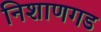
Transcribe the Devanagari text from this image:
निशाणगड